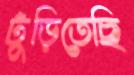
ঢুঁড়িতেছি